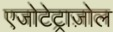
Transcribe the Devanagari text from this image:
एजोटेट्राज़ोल